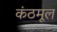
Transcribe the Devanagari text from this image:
कंठमूल